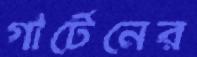
গার্টেনের